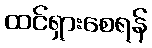
ထင်ရှားစေရန်